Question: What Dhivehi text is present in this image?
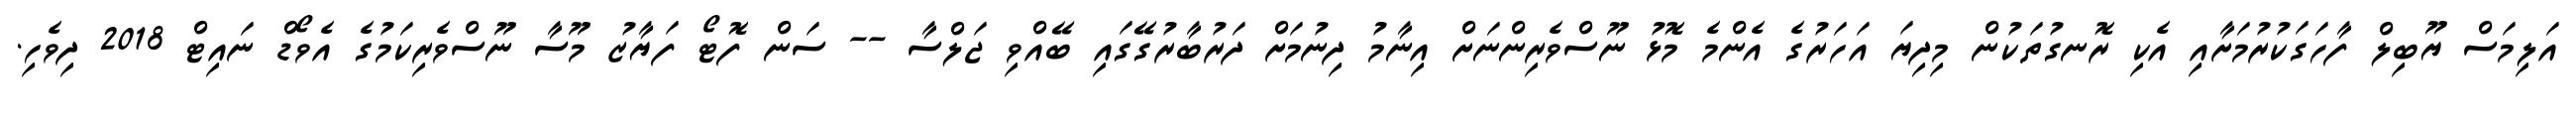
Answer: އަލިމަސް ޔޫބިލް ފާހަގަކުރުމަށާއި އެކި ރޮނގުތަކުން މިދިޔަ އަހަރުގެ އެންމެ މޮޅު ނޫސްވެރިންނަށް އިނާމު ދިނުމަށް ދަރުބާރުގޭގައި ބޭއްވި ޖަލްސާ -- ސަން ފޮޓޯ ފަޔާޒު މޫސާ ނޫސްވެރިކަމުގެ އެވޯޑް ނައިޓް 2018 ދިވެހި.